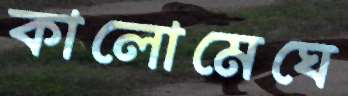
কালোমেঘে